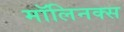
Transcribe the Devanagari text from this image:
मॉलिनक्स